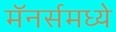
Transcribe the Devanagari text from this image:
मॅनर्समध्ये